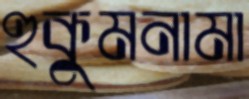
হুকুমনামা